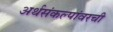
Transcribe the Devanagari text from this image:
अर्थसंकल्पांवरची